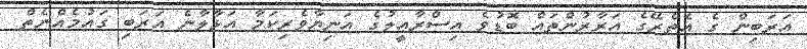
އަރަބިން ގެ އެތެރޭގެ އަރާރުންތައް ބޮޑުވެ އިސްރާއީލުގެ އަނިޔާވެރިކަމާ އަޅާލާނެ އަރަބި ގައުމެއްނެތް